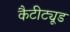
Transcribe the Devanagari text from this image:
कैटीट्यूड